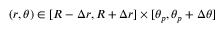
( r , \theta ) \in [ R - \Delta r , R + \Delta r ] \times [ \theta _ { p } , \theta _ { p } + \Delta \theta ]